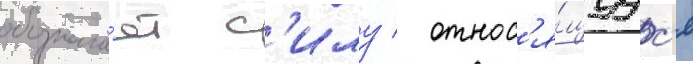
обознача́ет с'илу / относ'я́щуус'я